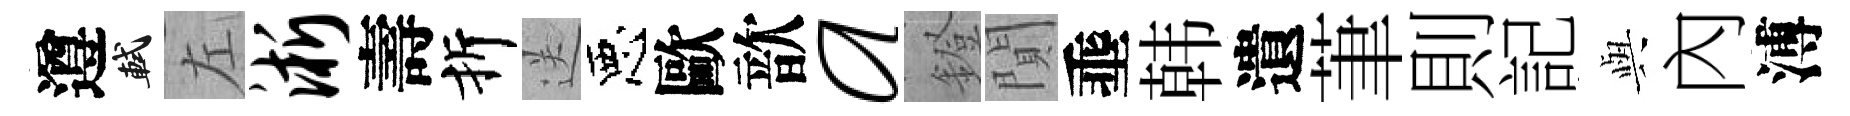
遵軾左淅壽折送惡歐歆a鐙閴埀韩遺茟則記𫤰內溥